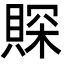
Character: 賝